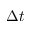
\Delta t